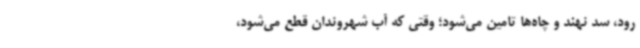
رود، سد نهند و چاه‌ها تامین می‌شود؛ وقتی که آب شهروندان قطع می‌شود،